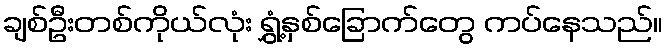
ချစ်ဦးတစ်ကိုယ်လုံး ရွှံ့နှစ်ခြောက်တွေ ကပ်နေသည်။